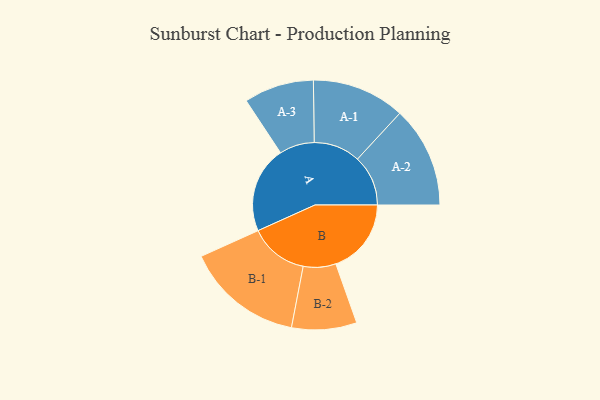
{"axis": {"x": "Segment", "y": "Value"}, "legend": ["", "A", "B"], "data": [{"x": "A", "y": 383, "type": ""}, {"x": "B", "y": 334, "type": ""}, {"x": "A-1", "y": 206, "type": "A"}, {"x": "A-2", "y": 224, "type": "A"}, {"x": "A-3", "y": 155, "type": "A"}, {"x": "B-1", "y": 260, "type": "B"}, {"x": "B-2", "y": 144, "type": "B"}]}